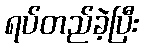
ရပ်တည်ခဲ့ပြီး